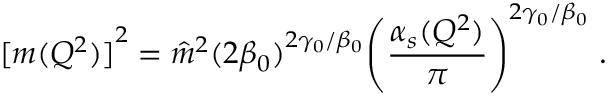
{ [ m ( Q ^ { 2 } ) ] } ^ { 2 } = { \hat { m } } ^ { 2 } { ( 2 { \beta } _ { 0 } ) } ^ { 2 { \gamma } _ { 0 } / { \beta } _ { 0 } } { \left( \frac { { \alpha } _ { s } ( Q ^ { 2 } ) } { \pi } \right) } ^ { 2 { \gamma } _ { 0 } / { \beta } _ { 0 } } \; .